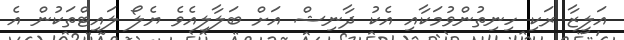
އަލީޒާ ރަކި ހިނިތުންވުމަކާއި އެކު ދާނިޝް އަށް ބަލާލިއެވެ ޔެލޯ ލައިޓްތަކުން އެ